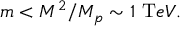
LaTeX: m < { M ^ { 2 } / M _ { p } } \sim 1 ~ { \mathrm { T } e V } .